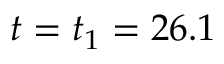
t = t _ { 1 } = 2 6 . 1